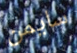
سايمن